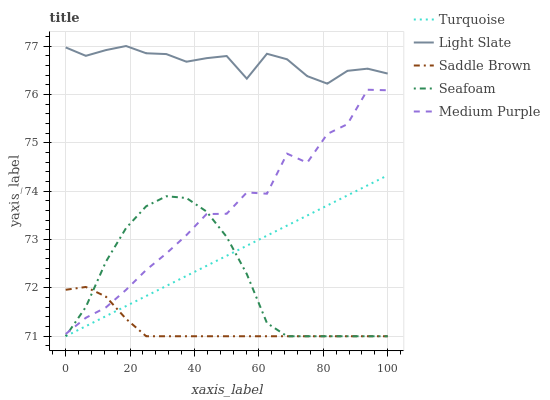
| xaxis_label | Turquoise | Light Slate | Saddle Brown | Seafoam | Medium Purple |
 | --- | --- | --- | --- | --- | --- |
 | 0 | 71 | 77 | 72 | 71 | 71 |
 | 6.25 | 71.2 | 76.8 | 72 | 71.6 | 71.4 |
 | 12.5 | 71.4 | 76.9 | 71.8 | 72.5 | 71.6 |
 | 18.8 | 71.6 | 77 | 71.4 | 73.2 | 72 |
 | 25 | 71.8 | 76.9 | 71 | 73.7 | 72.4 |
 | 31.2 | 72 | 76.8 | 71 | 73.9 | 72.7 |
 | 37.5 | 72.2 | 76.7 | 71 | 73.9 | 73.1 |
 | 43.8 | 72.5 | 76.7 | 71 | 73.6 | 73.5 |
 | 50 | 72.7 | 76.8 | 71 | 73.1 | 73.5 |
 | 56.2 | 72.9 | 76.3 | 71 | 72.3 | 74 |
 | 62.5 | 73.1 | 76.8 | 71 | 71.3 | 73.9 |
 | 68.8 | 73.3 | 76.7 | 71 | 71 | 74.8 |
 | 75 | 73.5 | 76.4 | 71 | 71 | 74.6 |
 | 81.2 | 73.7 | 76.2 | 71 | 71 | 75.2 |
 | 87.5 | 73.9 | 76.5 | 71 | 71 | 75.4 |
 | 93.8 | 74.1 | 76.5 | 71 | 71 | 76.1 |
 | 100 | 74.3 | 76.4 | 71 | 71 | 76.1 |